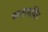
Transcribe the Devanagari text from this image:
फलासक्ति